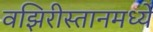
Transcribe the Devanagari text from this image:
वझिरीस्तानमध्ये